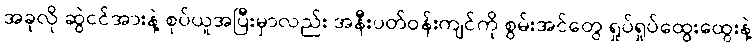
အခုလို ဆွဲငင်အားနဲ့ စုပ်ယူအပြီးမှာလည်း အနီးပတ်ဝန်းကျင်ကို စွမ်းအင်တွေ ရှုပ်ရှုပ်ထွေးထွေးနဲ့